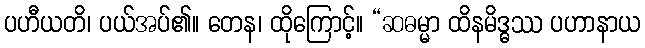
ပဟီယတိ၊ ပယ်အပ်၏။ တေန၊ ထိုကြောင့်။ “ဆဓမ္မာ ထိနမိဒ္ဓဿ ပဟာနာယ